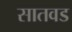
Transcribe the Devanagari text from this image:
सातवड